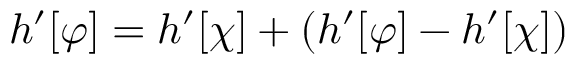
h ^ { \prime } [ \varphi ] = h ^ { \prime } [ \chi ] + \left( h ^ { \prime } [ \varphi ] - h ^ { \prime } [ \chi ] \right)